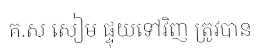
គ.ស សៀម ផ្ទុយទៅវិញ ត្រូវបាន